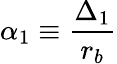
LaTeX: \alpha_{1}\equiv\frac{\Delta_{1}}{r_{b}}